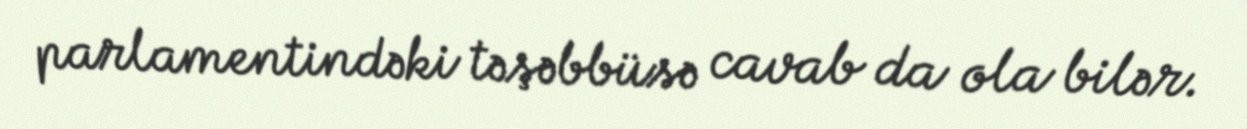
parlamentindəki təşəbbüsə cavab da ola bilər.